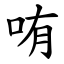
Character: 哊